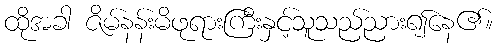
ထိုအခါ ဇိမ်နန်းမိဖုရားကြီးနှင့်သူသည်ညား၍နေ၏။